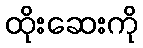
ထိုးဆေးကို